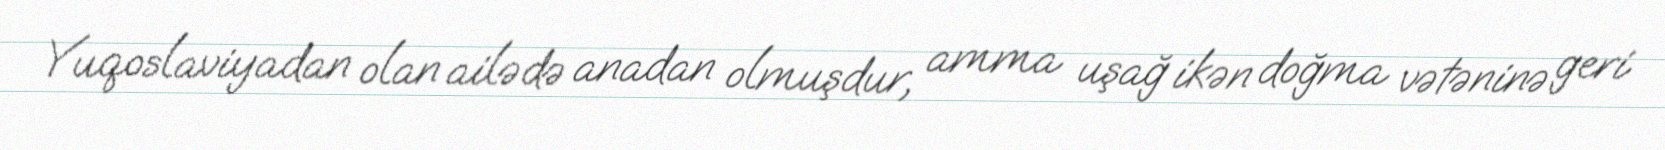
Yuqoslaviyadan olan ailədə anadan olmuşdur, amma uşağ ikən doğma vətəninə geri